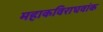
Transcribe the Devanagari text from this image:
महाकविराघवांक